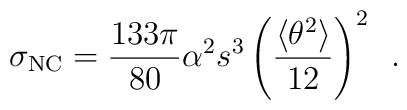
\sigma_{{\rm NC}} = \frac{133\pi}{80} \alpha^2 s^3 \left(\frac{\langle \theta^2 \rangle}{12}\right)^2  \,\,\, .